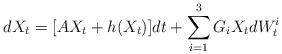
LaTeX: \begin{align*}dX_t=[AX_t+h(X_t)]dt+\sum_{i=1}^{3}G_iX_tdW_t^i\end{align*}